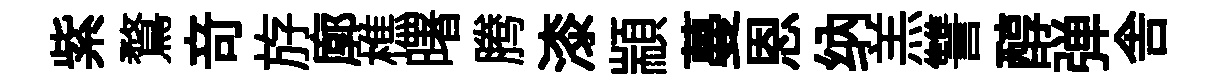
紫鶩竒斿廓樵曙腾漆顓蔓恩纳羔讐醇弹舎